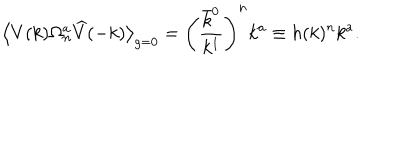
LaTeX: \big \langle V ( k ) \Omega _ { n } ^ { a } \widehat { V } ( - k ) \big \rangle _ { g = 0 } = \left( \frac { \bar { k } ^ { 0 } } { k ^ { 1 } } \right) ^ { n } k ^ { a } \equiv h ( k ) ^ { n } k ^ { a } .